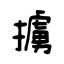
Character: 擄